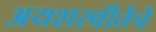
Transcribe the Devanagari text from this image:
अयशस्वीतेचे